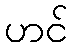
ဟင်